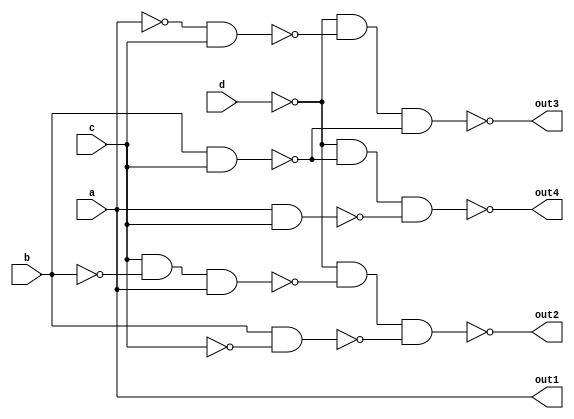
`timescale 1ns / 1ps
module bcd_code_converter(
    input d,
    input c,
    input b,
    input a,
    output out4,
    output out3,
    output out2,
    output out1
    );
    assign out1 = a;
    assign out2 = ~((~d)&(~(c&(~b)&a))&(~(b&(~c))));
    assign out3 = ~((~d)&(~((~a)&c))&(~(b&c)));
    assign out4 = ~((~d)&(~(c&b))&(~(a&c)));
endmodule